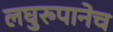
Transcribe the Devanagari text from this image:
लघुरुपानेच